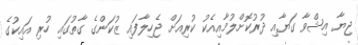
ޖިޔާ އިޝްވާ ގަޔާއި ދުރުކޮށްލުމާއިއެކު ކުރިއަށް ޖެހިލާފައި ޒުކަންގެ ގާތުގައި ހުރި އައިކުގެ